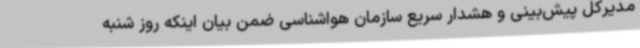
مدیرکل پیش‌بینی و هشدار سریع سازمان هواشناسی ضمن بیان اینکه روز شنبه